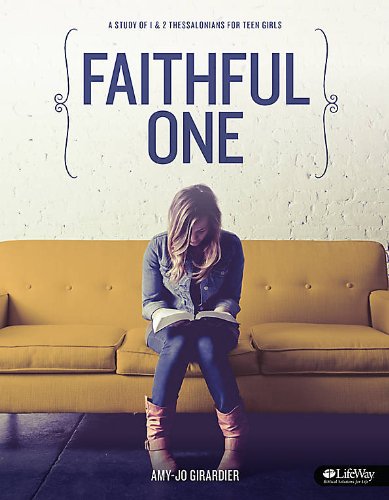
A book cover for Faithful One: A Study of 1 & 2 Thessalonians for Teen Girls; Amy-Jo Girardier; Christian Books & Bibles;